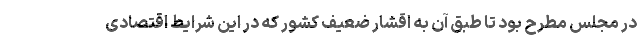
در مجلس مطرح بود تا طبق آن به اقشار ضعیف کشور که در این شرایط اقتصادی